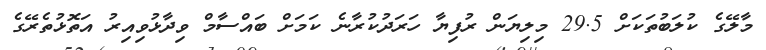
މާލޭގެ ކުލަބުތަކަށް 29.5 މިލިޔަން ރުފިޔާ ހަރަދުކުރާނެ ކަމަށް ބައްސާމް ވިދާޅުވިއިރު އަތޮޅުތެރޭގެ